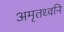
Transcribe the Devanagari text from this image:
अमृतध्वनि